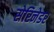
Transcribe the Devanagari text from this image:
सेरिनेडर